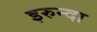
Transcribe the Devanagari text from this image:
इरुन्दा